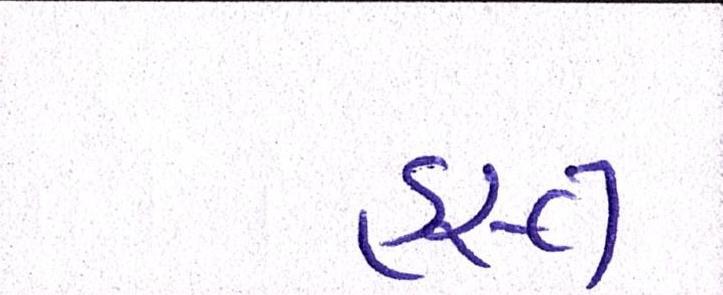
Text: હસ્ત